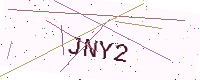
Text: JNY2